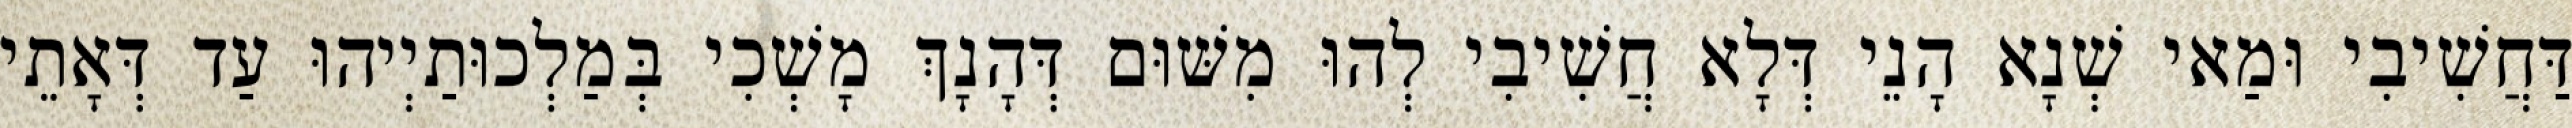
דַּחֲשִׁיבִי וּמַאי שְׁנָא הָנֵי דְּלָא חֲשִׁיבִי לְהוּ מִשּׁוּם דְּהָנָךְ מָשְׁכִי בְּמַלְכוּתַיְיהוּ עַד דְּאָתֵי